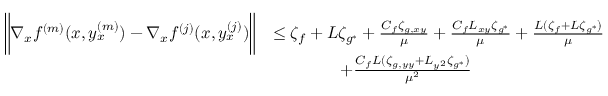
\begin{array} { r l } { \bigg \| \nabla _ { x } f ^ { ( m ) } ( x , y _ { x } ^ { ( m ) } ) - \nabla _ { x } f ^ { ( j ) } ( x , y _ { x } ^ { ( j ) } ) \bigg \| } & { \leq \zeta _ { f } + L \zeta _ { g ^ { \ast } } + \frac { C _ { f } \zeta _ { g , x y } } { \mu } + \frac { C _ { f } L _ { x y } \zeta _ { g ^ { \ast } } } { \mu } + \frac { L ( \zeta _ { f } + L \zeta _ { g ^ { \ast } } ) } { \mu } } \\ & { \qquad \qquad + \frac { C _ { f } L ( \zeta _ { g , y y } + L _ { y ^ { 2 } } \zeta _ { g ^ { \ast } } ) } { \mu ^ { 2 } } } \end{array}